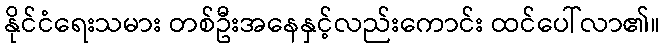
နိုင်ငံရေးသမား တစ်ဦးအနေနှင့်လည်းကောင်း ထင်ပေါ်လာ၏။